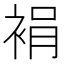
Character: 裐